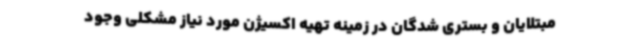
مبتلایان و بستری شدگان در زمینه تهیه اکسیژن مورد نیاز مشکلی وجود